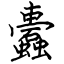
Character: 蠹